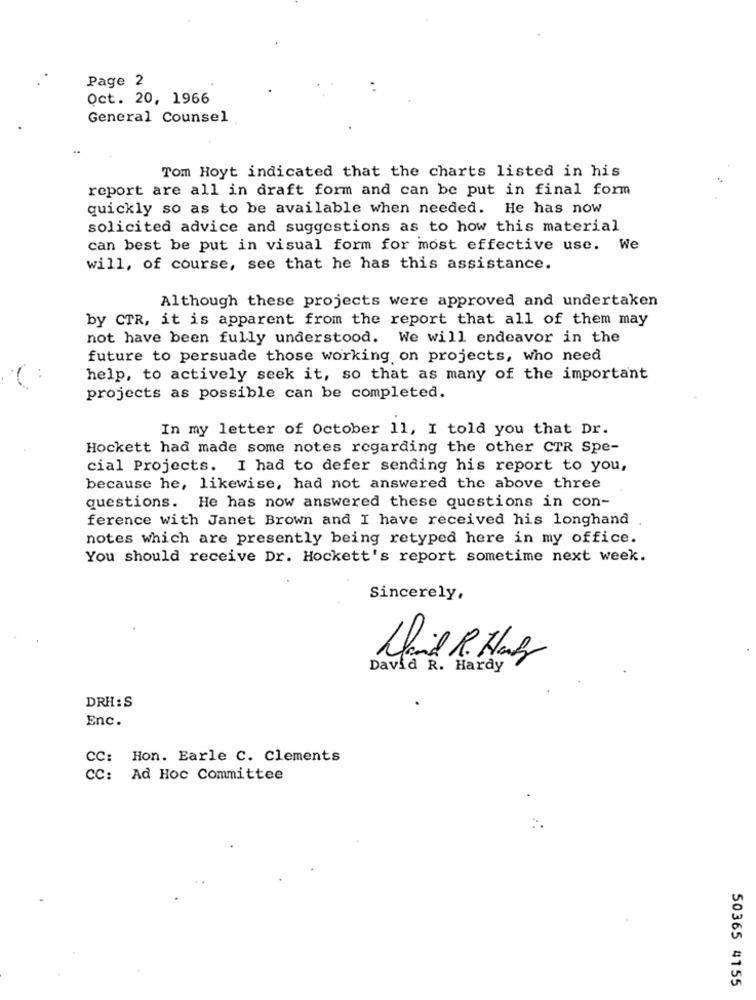
Page 2
Oct. 20, 1966
General Counsel
Tom Hoyt indicated that the charts listed in his
report are all in draft form and can be put in final form
quickly so as to be available when needed. He has now
solicited advice and suggestions as to how this material
can best be put in visual form for most effective use. We
will, of course, see that he has this assistance.
Although these projects were approved and undertaken
by CTR, it is apparent from the report that all of them may
not have been fully understood. We will endeavor in the
future to persuade those working on projects, who need
help, to actively seek it, so that as many of the important
projects as possible can be completed.
In my letter of October 11, I told you that Dr.
Hockett had made some notes regarding the other CTR Spe-
cial Projects. I had to defer sending his report to you,
because he, likewise, had not answered the above three
questions. He has now answered these questions in con-
ference with Janet Brown and I have received his longhand
notes which are presently being retyped here in my office.
You should receive Dr. Hockett's report sometime next week.
Sincerely,
David R. Hal
David R. Hardy
DRH :S
Enc.
CC: Hon. Earle C. Clements
CC: Ad Hoc Committee
50365 4155